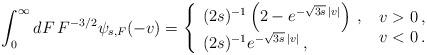
LaTeX: \begin{align*}\int_0^\infty dF\thinspace F^{-3/2}\psi_{s,F}(-v)=\left\{\begin{array}{l}(2s)^{-1}\left(2-e^{-\sqrt{3s}\thinspace|v|}\right)\,,\\(2s)^{-1}e^{-\sqrt{3s}\thinspace|v|}\,, \end{array}\right.\begin{array}{l}v>0\,,\\ v<0\,.\end{array}\end{align*}